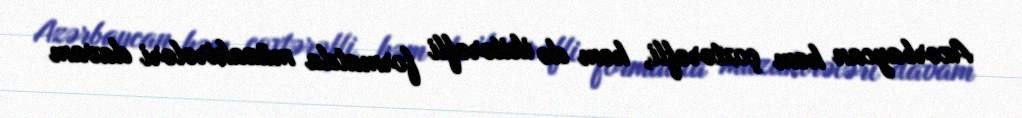
Azərbaycan həm çoxtərəfli, həm də ikitərəfli formatda müzakirələri davam